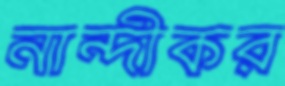
নান্দীকর